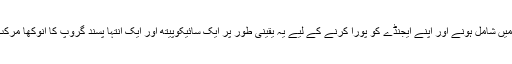
اقتدار میں شامل ہونے اور اپنے ایجنڈے کو پورا کرنے کے لیے یہ یقینی طور پر ایک سائیکوپیتھ اور ایک انتہا پسند گروپ کا انوکھا مرکب ہے۔